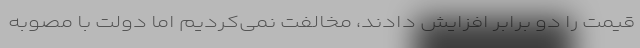
قیمت را دو برابر افزایش دادند، مخالفت نمی‌کردیم اما دولت با مصوبه